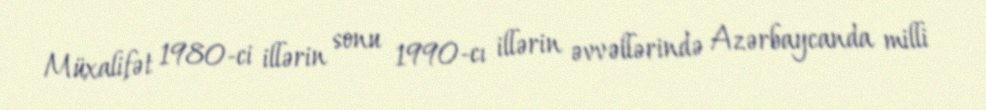
Müxalifət 1980-ci illərin sonu 1990-cı illərin əvvəllərində Azərbaycanda milli